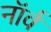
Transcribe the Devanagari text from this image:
नॉर्व